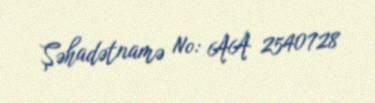
Şəhadətnamə №: AA 2540728